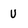
Character: U